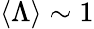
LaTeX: \langle\Lambda\rangle\sim 1